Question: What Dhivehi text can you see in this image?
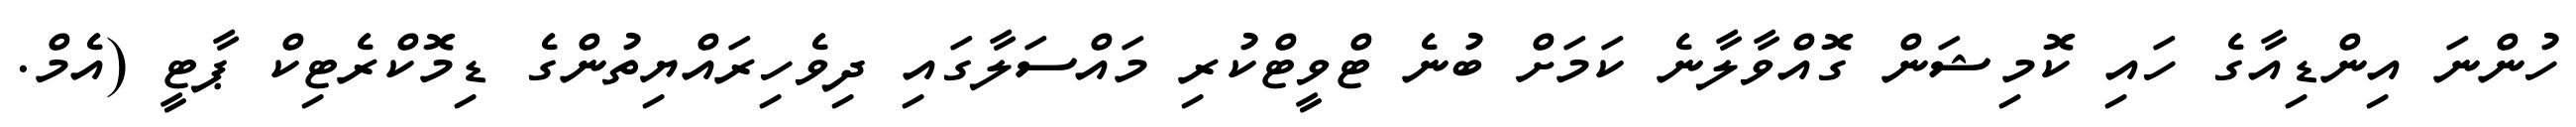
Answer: ހުންނަ އިންޑިއާގެ ހައި ކޮމިޝަން ގޮއްވާލާނެ ކަމަށް ބުނެ ޓްވީޓްކުރި މައްސަލާގައި ދިވެހިރައްޔިތުންގެ ޑިމޮކްރެޓިކް ޕާޓީ (އެމް.